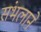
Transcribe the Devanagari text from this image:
संभलाने